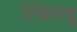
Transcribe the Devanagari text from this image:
स्थिरावू